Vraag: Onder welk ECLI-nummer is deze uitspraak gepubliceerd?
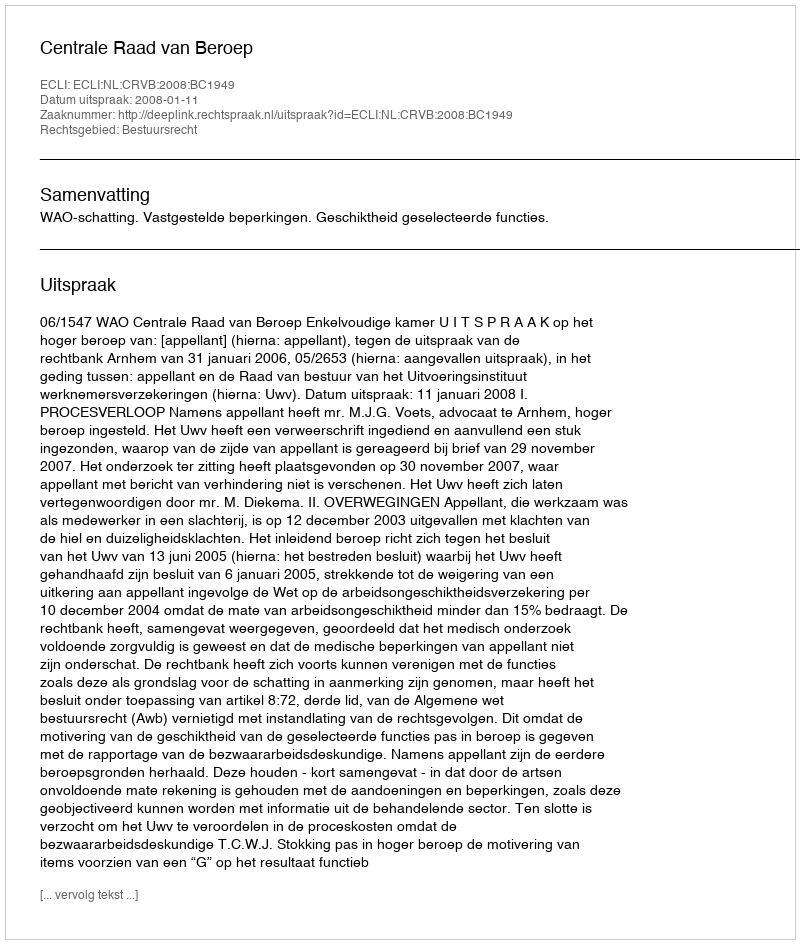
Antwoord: ECLI:NL:CRVB:2008:BC1949